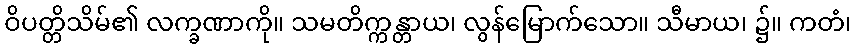
ဝိပတ္တိသိမ်၏ လက္ခဏာကို။ သမတိက္ကန္တာယ၊ လွန်မြောက်သော။ သီမာယ၊ ၌။ ကတံ၊